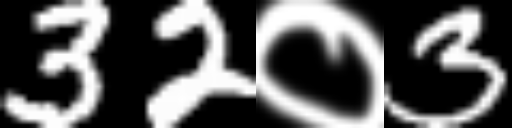
Text: 32०3